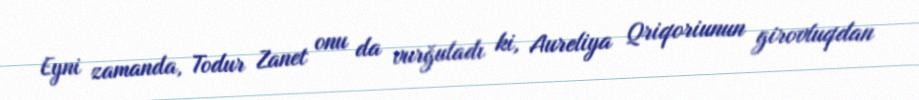
Eyni zamanda, Todur Zanet onu da vurğuladı ki, Aureliya Qriqoriunun girovluqdan